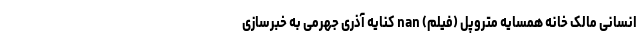
انسانی مالک خانه همسایه متروپل (فیلم) nan کنایه آذری جهرمی به خبرسازی